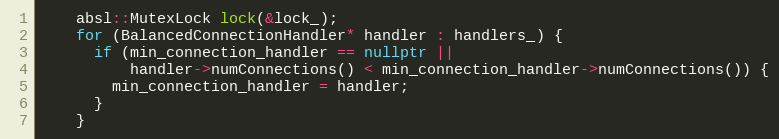
Language: C++
    absl::MutexLock lock(&lock_);
    for (BalancedConnectionHandler* handler : handlers_) {
      if (min_connection_handler == nullptr ||
          handler->numConnections() < min_connection_handler->numConnections()) {
        min_connection_handler = handler;
      }
    }